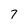
Character: 7